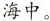
海中。